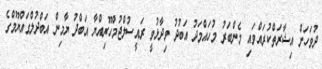
ދުވަހަށް އިޝާރަތްކުރައްވައި މެންބަރު މުހައްމަދު އަބުދު ވިދާޅުވީ ރައީސުލްޖުމްހޫރިއްޔާ އަބްދު ޔާމިން އަބްދުލްގައްޔޫމްގެ